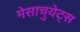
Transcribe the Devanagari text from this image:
मेसाचुयेट्स